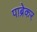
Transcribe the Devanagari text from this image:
पाब्रेकर